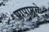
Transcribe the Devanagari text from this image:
पापामुळे